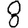
Digit: 8